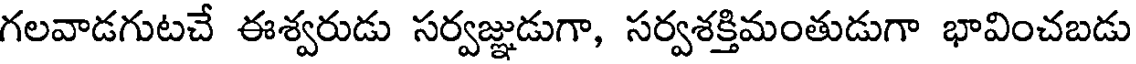
గలవాడగుటచే ఈశ్వరుడు సర్వజ్ఞుడుగా, సర్వశక్తిమంతుడుగా భావించబడు